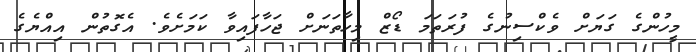
މީހުންގެ ގަޔަށް ވެކްސިނުގެ ފުރަތަމަ ޑޯޒް މިހާތަނަށް ޖަހާފައިވާ ކަމަށެވެ. އެގޮތުން އިއްޔެގެ